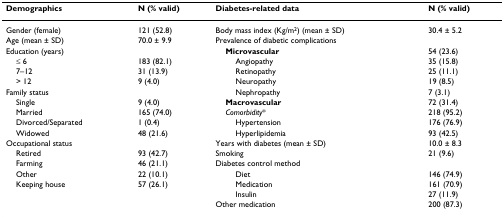
<table><thead><tr><td><b>Demographics</b></td><td><b>N (% valid)</b></td><td><b>Diabetes-related data</b></td><td><b>N (% valid)</b></td></tr></thead><tbody><tr><td>Gender (female)</td><td>121 (52.8)</td><td>Body mass index (Kg/m<sup>2</sup>) (mean ± SD)</td><td>30.4 ± 5.2</td></tr><tr><td>Age (mean ± SD)</td><td>70.0 ± 9.9</td><td>Prevalence of diabetic complications</td><td></td></tr><tr><td>Education (years)</td><td></td><td> <b>Microvascular</b></td><td>54 (23.6)</td></tr><tr><td> ≤ 6</td><td>183 (82.1)</td><td>Angiopathy</td><td>35 (15.8)</td></tr><tr><td> 7–12</td><td>31 (13.9)</td><td>Retinopathy</td><td>25 (11.1)</td></tr><tr><td> &gt; 12</td><td>9 (4.0)</td><td>Neuropathy</td><td>19 (8.5)</td></tr><tr><td>Family status</td><td></td><td>Nephropathy</td><td>7 (3.1)</td></tr><tr><td> Single</td><td>9 (4.0)</td><td> <b>Macrovascular</b></td><td>72 (31.4)</td></tr><tr><td> Married</td><td>165 (74.0)</td><td> <i>Comorbidity</i>*</td><td>218 (95.2)</td></tr><tr><td> Divorced/Separated</td><td>1 (0.4)</td><td>Hypertension</td><td>176 (76.9)</td></tr><tr><td> Widowed</td><td>48 (21.6)</td><td>Hyperlipidemia</td><td>93 (42.5)</td></tr><tr><td>Occupational status</td><td></td><td>Years with diabetes (mean ± SD)</td><td>10.0 ± 8.3</td></tr><tr><td> Retired</td><td>93 (42.7)</td><td>Smoking</td><td>21 (9.6)</td></tr><tr><td> Farming</td><td>46 (21.1)</td><td>Diabetes control method</td><td></td></tr><tr><td> Other</td><td>22 (10.1)</td><td>Diet</td><td>146 (74.9)</td></tr><tr><td> Keeping house</td><td>57 (26.1)</td><td>Medication</td><td>161 (70.9)</td></tr><tr><td></td><td></td><td>Insulin</td><td>27 (11.9)</td></tr><tr><td></td><td></td><td>Other medication</td><td>200 (87.3)</td></tr></tbody></table>